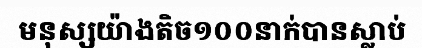
មនុស្សយ៉ាងតិច១០០នាក់បានស្លាប់